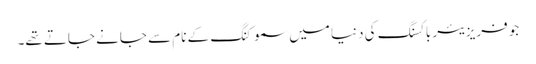
جو فریزیئر باکسنگ کی دنیا میں سموکنگ کے نام سے جانے جاتے تھے۔